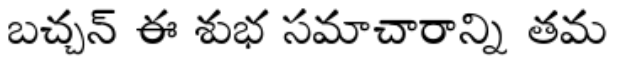
బచ్చన్ ఈ శుభ సమాచారాన్ని తమ